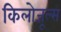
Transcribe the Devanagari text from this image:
किलोजूल्स